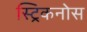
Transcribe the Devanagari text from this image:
स्ट्रिकनोस